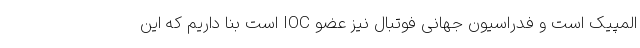
المپیک است و فدراسیون جهانی فوتبال نیز عضو IOC است بنا داریم که این